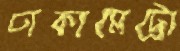
ঢাকামেট্রো